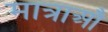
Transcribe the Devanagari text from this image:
मात्राऔं